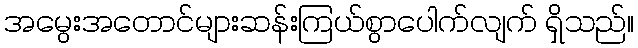
အမွေးအတောင်များဆန်းကြယ်စွာပေါက်လျက် ရှိသည်။